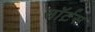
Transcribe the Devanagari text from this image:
सॉर्टस